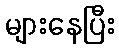
များနေပြီး